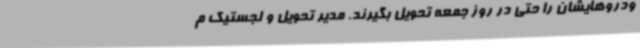
ودروهایشان را حتی در روز جمعه تحویل بگیرند. مدیر تحویل و لجستیک م